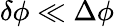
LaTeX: \delta\phi\ll\Delta\phi